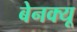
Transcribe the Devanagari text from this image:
बेनक्यू